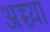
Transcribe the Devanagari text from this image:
अच्च्या